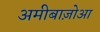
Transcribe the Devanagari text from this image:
अमीबाज़ोआ